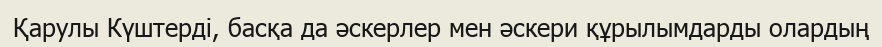
Қарулы Күштерді, басқа да әскерлер мен әскери құрылымдарды олардың